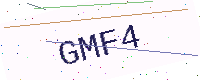
Text: GMF4